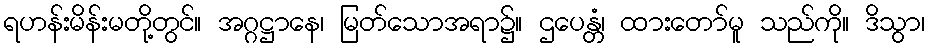
ရဟန်းမိန်းမတို့တွင်။ အဂ္ဂဋ္ဌာနေ၊ မြတ်သောအရာ၌။ ဌပေန္တံ၊ ထားတော်မူ သည်ကို။ ဒိသွာ၊